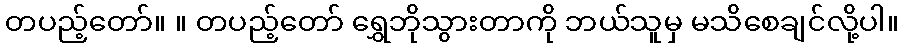
တပည့်တော်။ ။ တပည့်တော် ရွှေဘိုသွားတာကို ဘယ်သူမှ မသိစေချင်လို့ပါ။